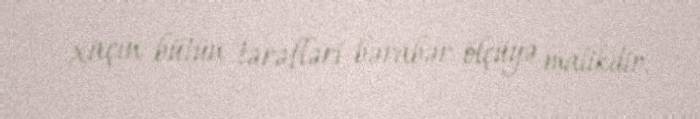
xaçın bütün tərəfləri bərabər ölçüyə malikdir.